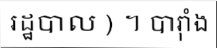
រដ្ឋបាល ) ។ បារ៉ាំង